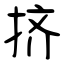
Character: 挤